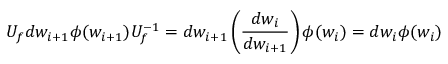
U _ { f } d w _ { i + 1 } \phi ( w _ { i + 1 } ) U _ { f } ^ { - 1 } = d w _ { i + 1 } \left( \frac { d w _ { i } } { d w _ { i + 1 } } \right) \phi ( w _ { i } ) = d w _ { i } \phi ( w _ { i } )